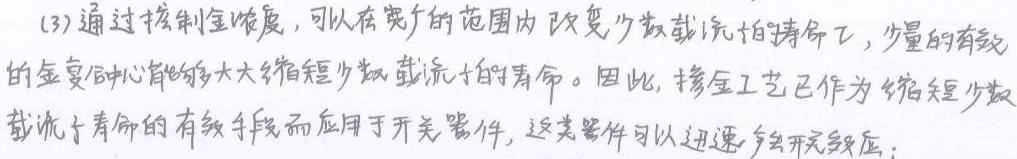
(3)通过控制金浓度，可以在宽广的范围内改变少数载流子寿命τ，少量的有效的金复合中心能够大大缩短少数载流子的寿命。因此，掺金工艺已作为缩短少数载流子寿命的有效手段而应用于开关器件，这类器件可以迅速产生开关效应。